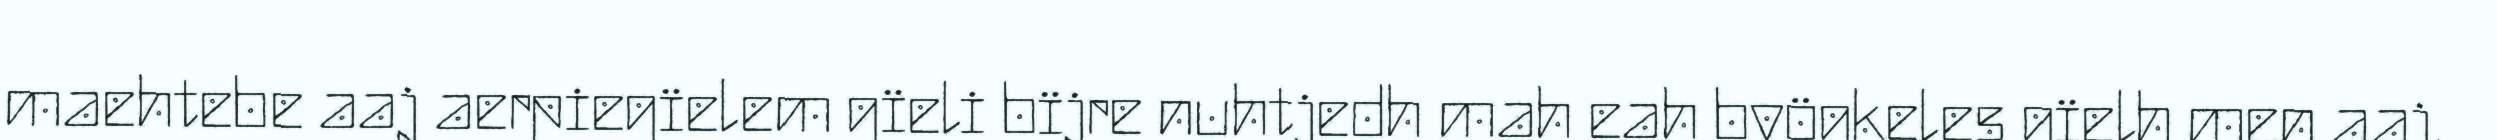
maehtebe aaj aerpiegïelem gïeli bïjre nuhtjedh mah eah byögkeles gïelh men aaj,